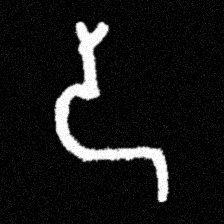
Pyu character \u2014 Myanmar letter: ဒ (romanized: da)